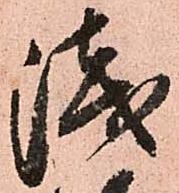
浅